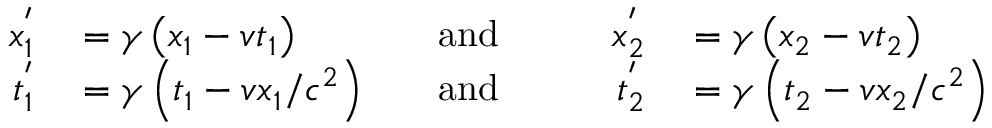
\begin{array} { r l r l r l } { x _ { 1 } ^ { ' } } & { { } = \gamma \left( x _ { 1 } - v t _ { 1 } \right) } & { \quad \mathrm { a n d } \quad } & { { } } & { x _ { 2 } ^ { ' } } & { { } = \gamma \left( x _ { 2 } - v t _ { 2 } \right) } \\ { t _ { 1 } ^ { ' } } & { { } = \gamma \left( t _ { 1 } - v x _ { 1 } / c ^ { 2 } \right) } & { \quad \mathrm { a n d } \quad } & { { } } & { t _ { 2 } ^ { ' } } & { { } = \gamma \left( t _ { 2 } - v x _ { 2 } / c ^ { 2 } \right) } \end{array}